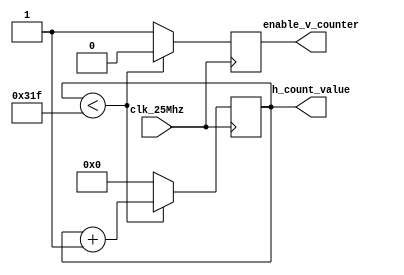
`timescale 1ns / 1ps

module horizontal_counter
    (
        input clk_25Mhz, 
        output reg enable_v_counter = 0, 
        output reg [15:0] h_count_value = 0

    );
    
    always@(posedge clk_25Mhz)
     begin 
        if(h_count_value < 799) 
            begin
                h_count_value <=  h_count_value + 1; 
                enable_v_counter <= 0; //disable vertical counter 
            end
        else 
            begin
                h_count_value <= 0; // reset horizontal counter
                enable_v_counter <= 1; 
            end
            
     end               
endmodule